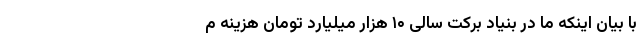
با بیان اینکه ما در بنیاد برکت سالی ۱۰ هزار میلیارد تومان هزینه م